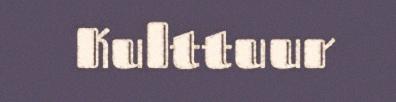
Kulttuur